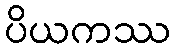
ပိယကဿ